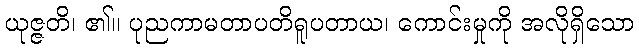
ယုဇ္ဇတိ၊ ၏။ ပုညကာမတာပတိရူပတာယ၊ ကောင်းမှုကို အလိုရှိသော